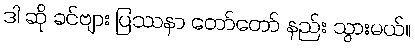
ဒါ ဆို ခင်ဗျား ပြဿနာ တော်တော် နည်း သွားမယ်။